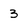
Character: 3